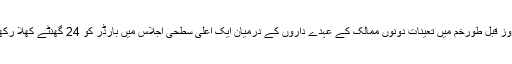
وزیرِ اعظم کی ہدایات پر عمل درآمد کے لیے دو روز قبل طورخم میں تعینات دونوں ممالک کے عہدے داروں کے درمیان ایک اعلیٰ سطحی اجلاس میں بارڈر کو 24 گھنٹے کھلا رکھنے کے تمام انتظامات کو حتمی شکل دی گئی ہے۔